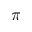
\pi